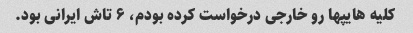
کلیه هایپها رو خارجی درخواست کرده بودم، ۶ تاش ایرانی بود.